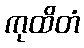
ကုထိတံ